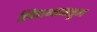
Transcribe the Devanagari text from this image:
लिंगभावातुन